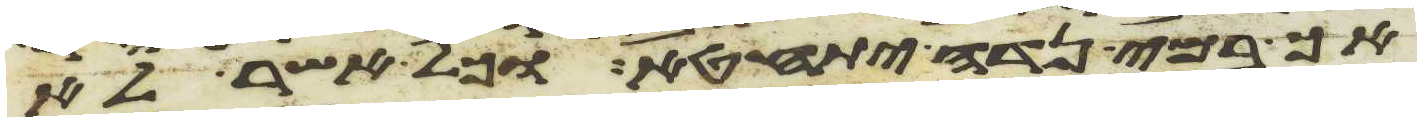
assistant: אך במי נדה יתחטא וכל אשר לא